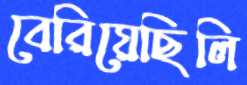
বেরিয়েছিলি